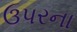
ઉપરના